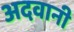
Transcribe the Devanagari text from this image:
अदवानी